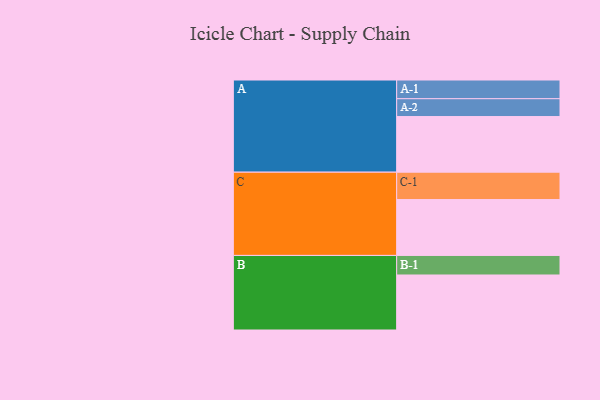
{"axis": {"x": "Segment", "y": "Value"}, "legend": ["", "A", "B", "C"], "data": [{"x": "A", "y": 455, "type": ""}, {"x": "B", "y": 450, "type": ""}, {"x": "C", "y": 457, "type": ""}, {"x": "A-1", "y": 153, "type": "A"}, {"x": "A-2", "y": 146, "type": "A"}, {"x": "B-1", "y": 160, "type": "B"}, {"x": "C-1", "y": 224, "type": "C"}]}